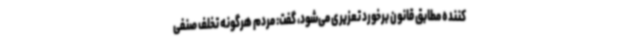
کننده مطابق قانون برخورد تعزیری می‌شود، گفت: مردم هرگونه تخلف صنفی